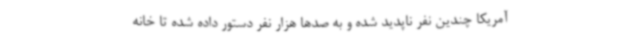
آمریکا چندین نفر ناپدید شده و به صدها هزار نفر دستور داده شده تا خانه